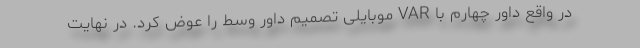
در واقع داور چهارم با VAR موبایلی تصمیم داور وسط را عوض کرد. در نهایت